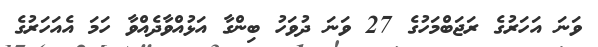
ވަނަ އަހަރުގެ ރަޖަބްމަހުގެ 27 ވަނަ ދުވަހު ބިންގާ އަޅުއްވާދެއްވާ ހަމަ އެއަހަރުގެ